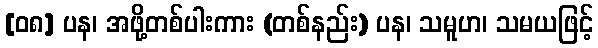
[၀၈] ပန၊ အဖို့တစ်ပါးကား (တစ်နည်း) ပန၊ သမူဟ၊ သမယဖြင့်